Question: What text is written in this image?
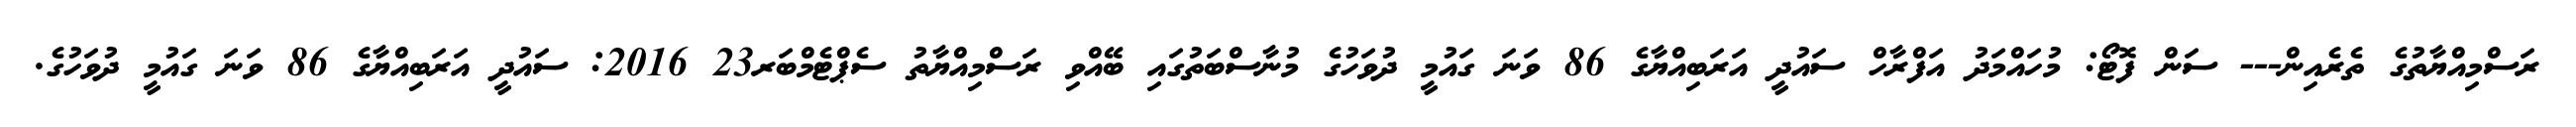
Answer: ރަސްމިއްޔާތުގެ ތެރެއިން--- ސަން ފޮޓޯ: މުހައްމަދު އަފްރާހް ސައުދީ އަރަބިއްޔާގެ 86 ވަނަ ގައުމީ ދުވަހުގެ މުނާސްބަތުގައި ބޭއްވި ރަސްމިއްޔާތު ސެޕްޓެމްބަރ23 2016: ސައުދީ އަރަބިއްޔާގެ 86 ވަނަ ގައުމީ ދުވަހުގެ.